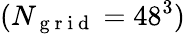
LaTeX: (N_{\mathrm{~g~r~i~d~}}=48^{3})